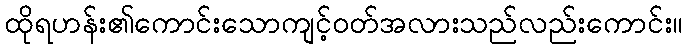
ထိုရဟန်း၏ကောင်းသောကျင့်ဝတ်အလားသည်လည်းကောင်း။